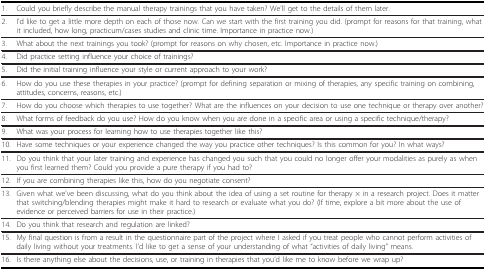
<table><thead><tr><td><b>1.</b></td><td><b>Could you briefly describe the manual therapy trainings that you have taken? We&#x27;ll get to the details of them later.</b></td></tr></thead><tbody><tr><td>2.</td><td>I&#x27;d like to get a little more depth on each of those now. Can we start with the first training you did. (prompt for reasons for that training, what it included, how long, practicum/cases studies and clinic time. Importance in practice now.)</td></tr><tr><td>3.</td><td>What about the next trainings you took? (prompt for reasons on why chosen, etc. Importance in practice now.)</td></tr><tr><td>4.</td><td>Did practice setting influence your choice of trainings?</td></tr><tr><td>5.</td><td>Did the initial training influence your style or current approach to your work?</td></tr><tr><td>6.</td><td>How do you use these therapies in your practice? (prompt for defining separation or mixing of therapies, any specific training on combining, attitudes, concerns, reasons, etc.)</td></tr><tr><td>7.</td><td>How do you choose which therapies to use together? What are the influences on your decision to use one technique or therapy over another?</td></tr><tr><td>8.</td><td>What forms of feedback do you use? How do you know when you are done in a specific area or using a specific technique/therapy?</td></tr><tr><td>9.</td><td>What was your process for learning how to use therapies together like this?</td></tr><tr><td>10.</td><td>Have some techniques or your experience changed the way you practice other techniques? Is this common for you? In what ways?</td></tr><tr><td>11.</td><td>Do you think that your later training and experience has changed you such that you could no longer offer your modalities as purely as when you first learned them? Could you provide a pure therapy if you had to?</td></tr><tr><td>12.</td><td>If you are combining therapies like this, how do you negotiate consent?</td></tr><tr><td>13.</td><td>Given what we&#x27;ve been discussing, what do you think about the idea of using a set routine for therapy × in a research project. Does it matter that switching/blending therapies might make it hard to research or evaluate what you do? (If time, explore a bit more about the use of evidence or perceived barriers for use in their practice.)</td></tr><tr><td>14.</td><td>Do you think that research and regulation are linked?</td></tr><tr><td>15.</td><td>My final question is from a result in the questionnaire part of the project where I asked if you treat people who cannot perform activities of daily living without your treatments. I&#x27;d like to get a sense of your understanding of what &quot;activities of daily living&quot; means.</td></tr><tr><td>16.</td><td>Is there anything else about the decisions, use, or training in therapies that you&#x27;d like me to know before we wrap up?</td></tr></tbody></table>